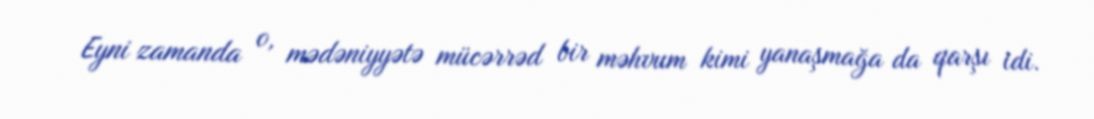
Eyni zamanda o, mədəniyyətə mücərrəd bir məhvum kimi yanaşmağa da qarşı idi.